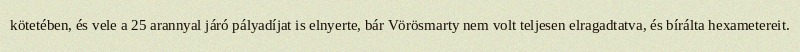
kötetében, és vele a 25 arannyal járó pályadíjat is elnyerte, bár Vörösmarty nem volt teljesen elragadtatva, és bírálta hexametereit.